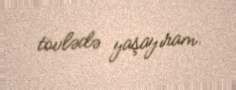
tövlədə yaşayıram.